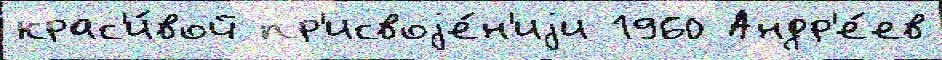
крас'и́вой пр'исвоjе́н'иjи 1960 Андр'е́ев